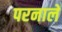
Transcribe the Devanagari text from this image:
परनाले